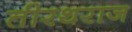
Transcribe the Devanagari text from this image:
तीरथराज